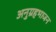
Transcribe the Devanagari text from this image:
अनुग्रहभाजन